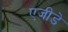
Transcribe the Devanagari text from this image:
एजीडे